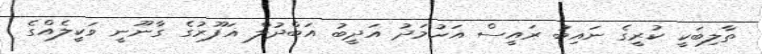
ތާލިބަކީ ކުރީގެ ނައިބު ރައީސް އަހުމަދު އަދީބު އަބްދުލް ޣަފޫރުގެ ގާނޫނީ ވަކީލެއްގެ